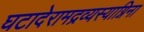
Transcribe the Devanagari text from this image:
घटादेरामद्रव्यस्याग्निना